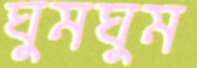
ঘুমঘুম